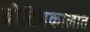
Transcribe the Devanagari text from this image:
ब्रीटिशकालात